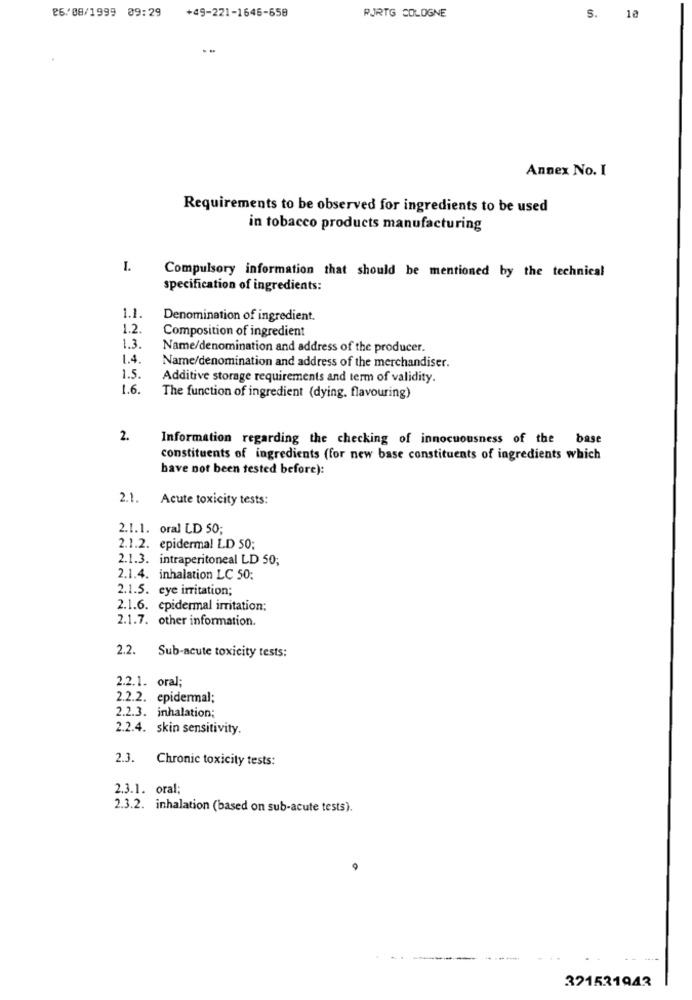
26/08/1999 09:29
+49-221-1645-658
RJRTG COLOGNE
S. 10
Annex No. I
Requirements to be observed for ingredients to be used
in tobacco products manufacturing
I.
Compulsory information that should be mentioned by the technical
specification of ingredients:
1.1.
Denomination of ingredient.
1.2.
Composition of ingredient
1.3.
Name/denomination and address of the producer.
1.4.
Name/denomination and address of the merchandiser.
1.5.
Additive storage requirements and term of validity.
1.6.
The function of ingredient (dying, flavouring)
2.
Information regarding the checking of innocuousness of the base
constituents of ingredients (for new base constituents of ingredients which
have not been tested before):
2.1. Acute toxicity tests:
2.1.1. oral LD 50;
2.1.2. epidermal LD 50;
2.1.3. intraperitoneal LD 50;
2.1.4. inhalation LC 50;
2.1.5. eye irritation;
2.1.6. epidermal irritation;
2.1.7. other information.
2.2.
Sub-acute toxicity tests:
2.2.1. oral;
2.2.2. epidermal;
2.2.3. inhalation;
2.2.4. skin sensitivity.
2.3. Chronic toxicity tests:
2.3.1. oral;
2.3.2. inhalation (based on sub-acute tests).
----
321521943